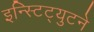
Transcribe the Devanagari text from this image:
इन्स्टिट्युटने